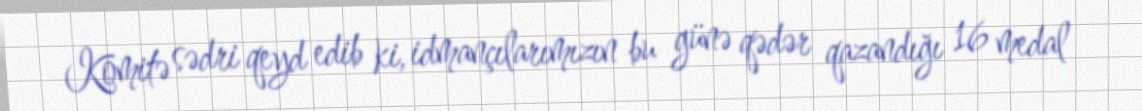
Komitə sədri qeyd edib ki, idmançılarımızın bu günə qədər qazandığı 16 medal